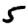
Digit: 5